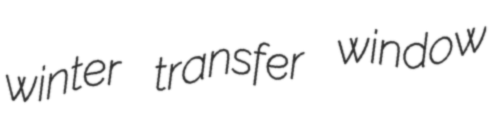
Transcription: winter transfer window